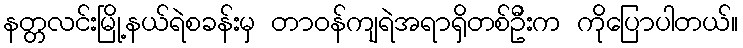
နတ္တလင်းမြို့နယ်ရဲစခန်းမှ တာဝန်ကျရဲအရာရှိတစ်ဦးက ကိုပြောပါတယ်။